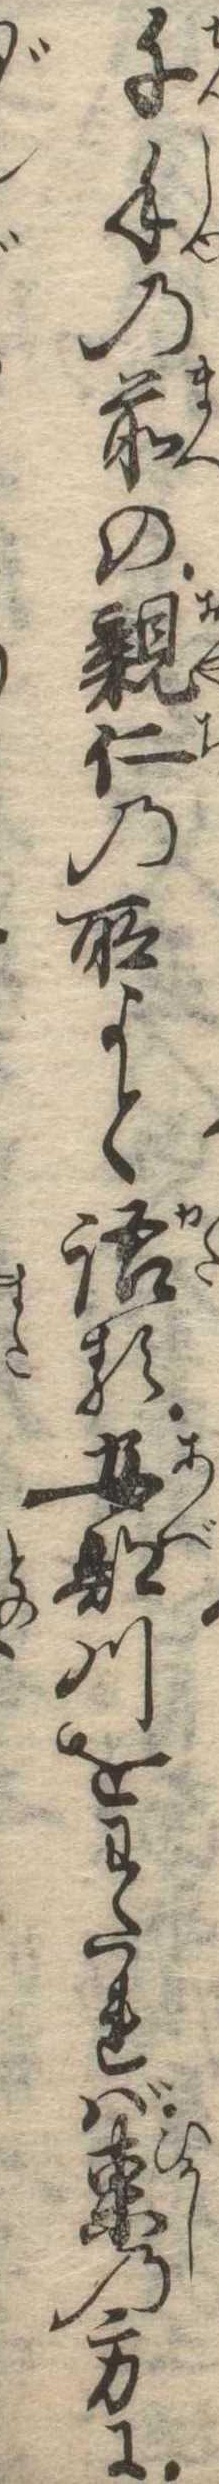
千手の前の親仁の所よと語る安部川をわたれば東の方に